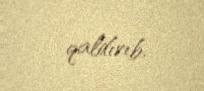
qaldırıb.